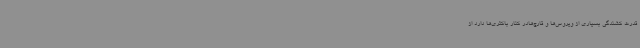
قدرت کشندگی بسیاری از ویروس‌ها و قارچ‌هادر کنار باکتری‌ها دارد از